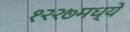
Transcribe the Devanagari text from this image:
१२२७मध्ये